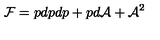
{ \cal F } = p d p d p + p d { \cal A } + { \cal A } ^ { 2 }